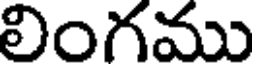
లింగము